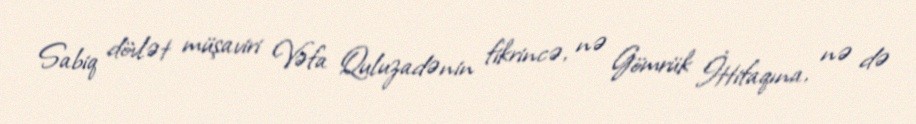
Sabiq dövlət müşaviri Vəfa Quluzadənin fikrincə, nə Gömrük İttifaqına, nə də